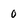
Character: 0